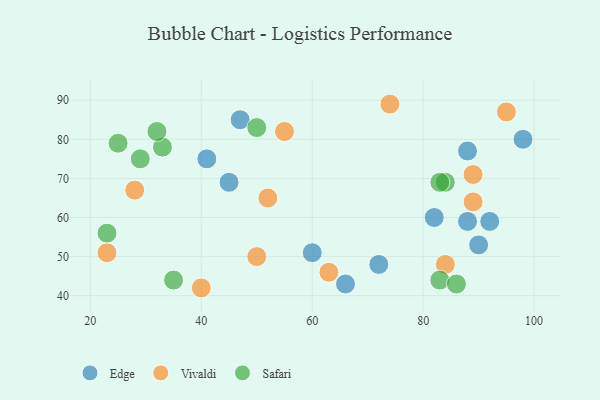
{"axis": {"x": "GDP", "y": "Life Expectancy"}, "legend": ["Edge", "Safari", "Vivaldi"], "data": [{"x": "98", "y": 80, "type": "Edge"}, {"x": "72", "y": 48, "type": "Edge"}, {"x": "82", "y": 60, "type": "Edge"}, {"x": "41", "y": 75, "type": "Edge"}, {"x": "90", "y": 53, "type": "Edge"}, {"x": "92", "y": 59, "type": "Edge"}, {"x": "88", "y": 59, "type": "Edge"}, {"x": "88", "y": 77, "type": "Edge"}, {"x": "66", "y": 43, "type": "Edge"}, {"x": "45", "y": 69, "type": "Edge"}, {"x": "47", "y": 85, "type": "Edge"}, {"x": "60", "y": 51, "type": "Edge"}, {"x": "84", "y": 48, "type": "Vivaldi"}, {"x": "55", "y": 82, "type": "Vivaldi"}, {"x": "40", "y": 42, "type": "Vivaldi"}, {"x": "95", "y": 87, "type": "Vivaldi"}, {"x": "52", "y": 65, "type": "Vivaldi"}, {"x": "23", "y": 51, "type": "Vivaldi"}, {"x": "89", "y": 64, "type": "Vivaldi"}, {"x": "74", "y": 89, "type": "Vivaldi"}, {"x": "28", "y": 67, "type": "Vivaldi"}, {"x": "50", "y": 50, "type": "Vivaldi"}, {"x": "63", "y": 46, "type": "Vivaldi"}, {"x": "89", "y": 71, "type": "Vivaldi"}, {"x": "35", "y": 44, "type": "Safari"}, {"x": "84", "y": 69, "type": "Safari"}, {"x": "50", "y": 83, "type": "Safari"}, {"x": "25", "y": 79, "type": "Safari"}, {"x": "29", "y": 75, "type": "Safari"}, {"x": "83", "y": 44, "type": "Safari"}, {"x": "23", "y": 56, "type": "Safari"}, {"x": "33", "y": 78, "type": "Safari"}, {"x": "86", "y": 43, "type": "Safari"}, {"x": "32", "y": 82, "type": "Safari"}, {"x": "83", "y": 69, "type": "Safari"}]}